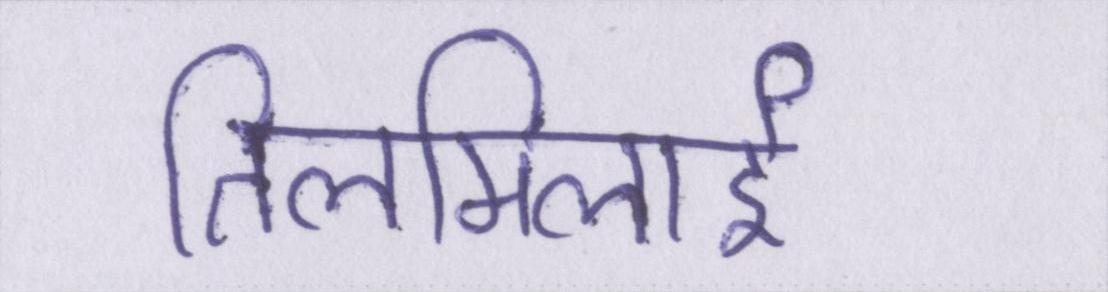
तिलमिलाई